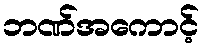
ဘဏ်အကောင့်